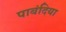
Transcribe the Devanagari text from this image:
पाबंदिया